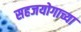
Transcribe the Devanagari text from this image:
सहजयोगाच्या